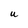
Character: U